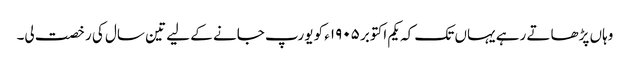
وہاں پڑھاتے رہے یہاں تک کہ یکم اکتوبر ١٩٠۵ء کو یورپ جانے کے لیے تین سال کی رخصت لی۔